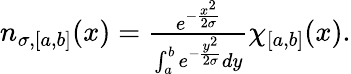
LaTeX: \begin{array}{r}{n_{\sigma,[a,b]}(x)=\frac{e^{-\frac{x^{2}}{2\sigma}}}{\int_{a}^{b}e^{-\frac{y^{2}}{2\sigma}}dy}\chi_{[a,b]}(x).}\end{array}